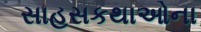
સાહસકથાઓના